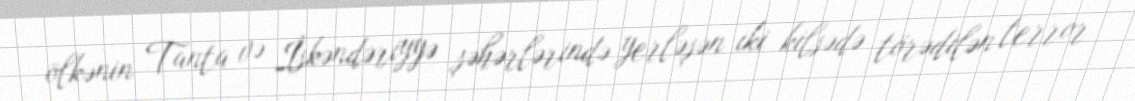
ölkənin Tanta və İskəndəriyyə şəhərlərində yerləşən iki kilsədə törədilən terror